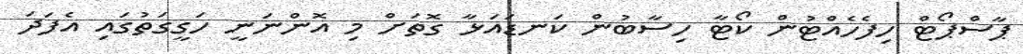
ޕާސްޕޯޓް ހިފެހެއްޓުން ކޯޓާ ހިސާބުން ކަނޑައަޅާ ގޮތަށް މި އޮންނަނީ ހަގީގަތުގައި އެފަދަ